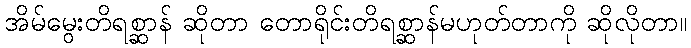
အိမ်မွေးတိရစ္ဆာန် ဆိုတာ တောရိုင်းတိရစ္ဆာန်မဟုတ်တာကို ဆိုလိုတာ။